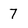
Character: 7